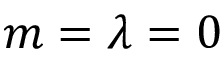
m = \lambda = 0